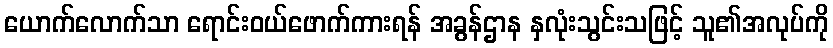
ယောက်လောက်သာ ရောင်းဝယ်ဖောက်ကားရန် အခွန်ဌာန နှလုံးသွင်းသဖြင့် သူ၏အလုပ်ကို